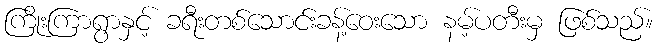
ကြိုးကြာရွာနှင့် ခရီးတစ်သောင်းခန့်ဝေးသော နမ့်ပတီးမှ ဖြစ်သည်။